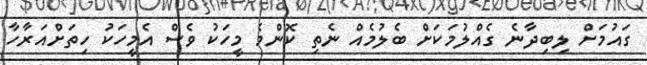
ގައުމަށް ލިބިދާނެ ގެއްލުމަކަށް ބެލުމެއް ނެތި ކޮންމެ މީހަކު ވެސް އެމީހަކު ހިތަށްއަރާހާ